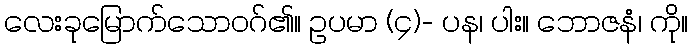
လေးခုမြောက်သောဝဂ်၏။ ဥပမာ (၄)- ပန၊ ပါး။ ဘောဇနံ၊ ကို။